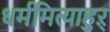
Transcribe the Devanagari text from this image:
धर्ममित्याहुऱ्